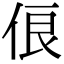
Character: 俍